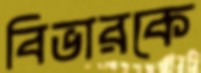
বিভারকে